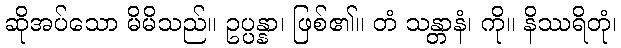
ဆိုအပ်သော မိမိသည်။ ဥပ္ပန္နာ၊ ဖြစ်၏။ တံ သန္တာနံ၊ ကို။ နိဿရိတုံ၊